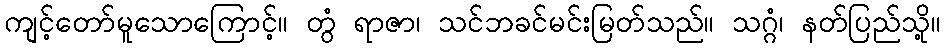
ကျင့်တော်မူသောကြောင့်။ တွံ ရာဇာ၊ သင်ဘခင်မင်းမြတ်သည်။ သဂ္ဂံ၊ နတ်ပြည်သို့။